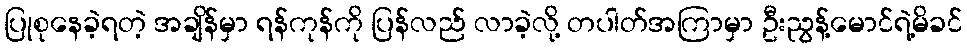
ပြုစုနေခဲ့ရတဲ့ အချိန်မှာ ရန်ကုန်ကို ပြန်လည် လာခဲ့လို့ တပါတ်အကြာမှာ ဦးညွန့်မောင်ရဲ့မိခင်